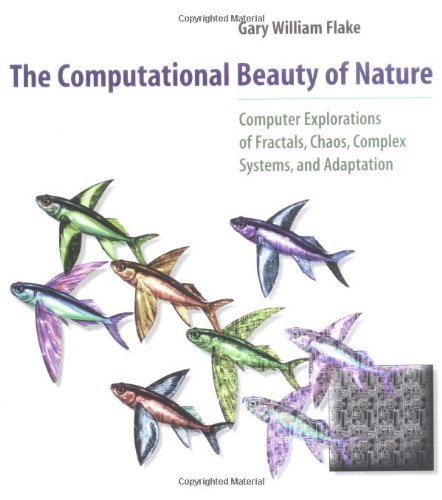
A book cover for The Computational Beauty of Nature: Computer Explorations of Fractals, Chaos, Complex Systems, and Adaptation; Gary William Flake; Computers & Technology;